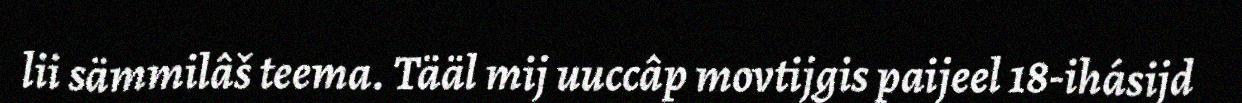
lii sämmilâš teema. Tääl mij uuccâp movtijgis paijeel 18-ihásijd